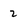
Character: 2